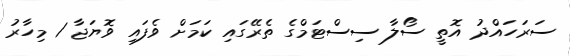
ސަރަހައްދު އޮތީ ސޯލާ ސިސްޓަމްގެ ތެރޭގައި ކަމަށް ވެފައި ވޮޔަޖާ 1 މިހާރު